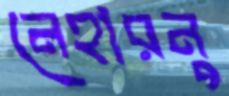
নেহারনু